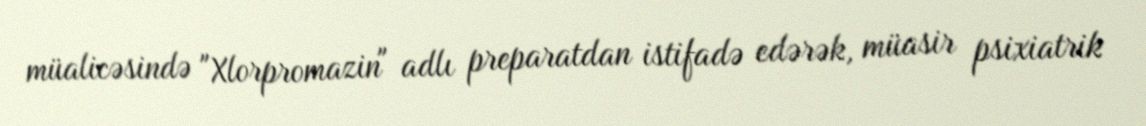
müalicəsində "Xlorpromazin" adlı preparatdan istifadə edərək, müasir psixiatrik